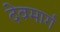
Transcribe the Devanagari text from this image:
देवमार्ग